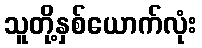
သူတို့နှစ်ယောက်လုံး